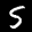
Label: 5